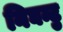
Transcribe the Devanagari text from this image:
निघन्टु